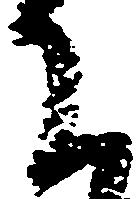
下